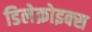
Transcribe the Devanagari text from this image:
डिलेक्रोइक्‍स